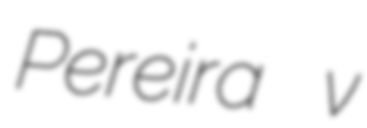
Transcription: Pereira v